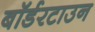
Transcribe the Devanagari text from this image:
बॉर्डरटाउन